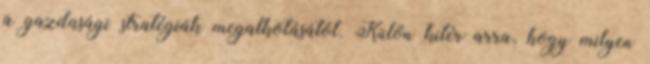
a gazdasági stratégiák megalkotásától. Külön kitér arra, hogy milyen